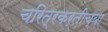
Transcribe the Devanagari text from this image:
चरित्रकर्तीच्या